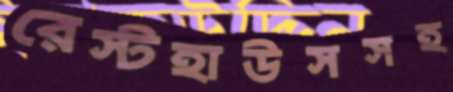
রেস্টহাউসসহ